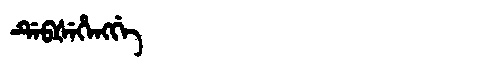
Manchu: ᡩᡝᠪᡧᡝᡥᡝᠩᡤᡝ
Romanization: DEBŠEHENGGE